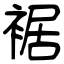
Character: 裾